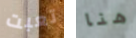
تعبت هنا